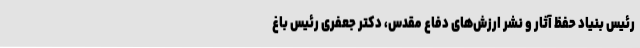
رئیس بنیاد حفظ آثار و نشر ارزش‌های دفاع مقدس، دکتر جعفری رئیس باغ